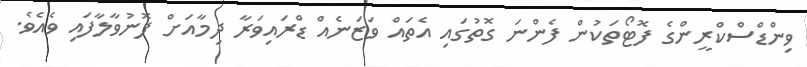
ވިންޑްސްކްރީންގެ ފޮޓޯތަކުން ފެންނަ ގޮތުގައި އެތައް ވަޒަނެއް ޑްރައިވަރާ ދިމާއަށް ފޮނުވާލާފައި ވެއެވެ.